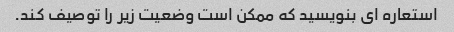
استعاره ای بنویسید که ممکن است وضعیت زیر را توصیف کند.